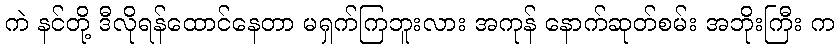
ကဲ နင်တို့ ဒီလိုရန်ထောင်နေတာ မရှက်ကြဘူးလား အကုန် နောက်ဆုတ်စမ်း အဘိုးကြီး က